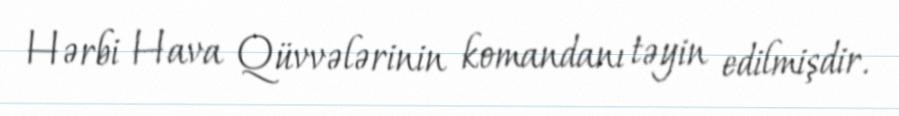
Hərbi Hava Qüvvələrinin komandanı təyin edilmişdir.